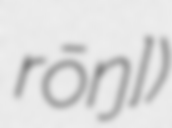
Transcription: rʰōŋ])